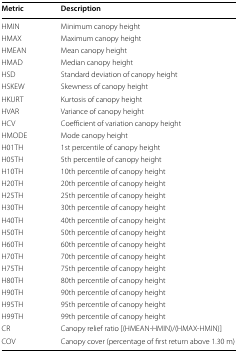
| Metric | Description |
 | --- | --- |
 | HMIN | Minimum canopy height |
 | HMAX | Maximum canopy height |
 | HMEAN | Mean canopy height |
 | HMAD | Median canopy height |
 | HSD | Standard deviation of canopy height |
 | HSKEW | Skewness of canopy height |
 | HKURT | Kurtosis of canopy height |
 | HVAR | Variance of canopy height |
 | HCV | Coefficient of variation canopy height |
 | HMODE | Mode canopy height |
 | H01TH | 1st percentile of canopy height |
 | H05TH | 5th percentile of canopy height |
 | H10TH | 10th percentile of canopy height |
 | H20TH | 20th percentile of canopy height |
 | H25TH | 25th percentile of canopy height |
 | H30TH | 30th percentile of canopy height |
 | H40TH | 40th percentile of canopy height |
 | H50TH | 50th percentile of canopy height |
 | H60TH | 60th percentile of canopy height |
 | H70TH | 70th percentile of canopy height |
 | H75TH | 75th percentile of canopy height |
 | H80TH | 80th percentile of canopy height |
 | H90TH | 90th percentile of canopy height |
 | H95TH | 95th percentile of canopy height |
 | H99TH | 99th percentile of canopy height |
 | CR | Canopy relief ratio [(HMEAN-HMIN)/(HMAX-HMIN)] |
 | COV | Canopy cover (percentage of first return above 1.30 m) |